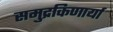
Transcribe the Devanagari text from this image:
समुद्रकिणार्या